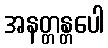
အနတ္တန္တပေါ